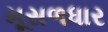
મૂસળધાર